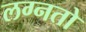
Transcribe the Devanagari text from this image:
लग्नतो